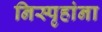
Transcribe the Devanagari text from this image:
निस्पृहांना